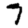
Digit: 7